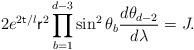
LaTeX: \begin{align*} 2e^{2{\sf t}/l}{\sf r}^2\prod_{b=1}^{d-3}\sin^2\theta_b \frac{d\theta_{d-2}}{d\lambda}=J.\end{align*}